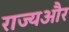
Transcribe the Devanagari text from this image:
राज्यऔर